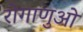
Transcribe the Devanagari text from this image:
रोगाणुओ